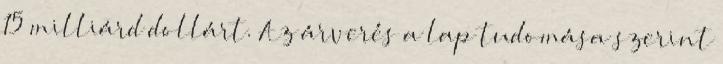
15 milliárd dollárt. Az árverés a lap tudomása szerint